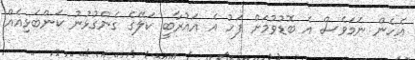
އެހެން ނަމަވެސް އެ ބޮޑުވުމަށް ފަހު އެ އައުރާބީ ކަލޭގެ ގެންގުޅުނު ކަންބަޅިއެއް